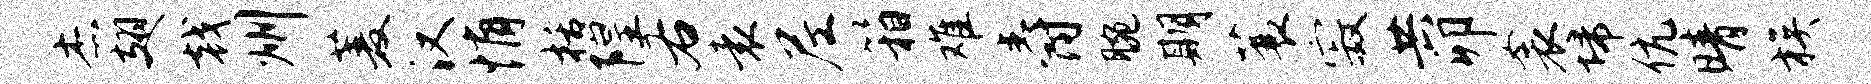
杰翅戟州菱汉悄栝隍右袁尼箱难爵腕期蓑寂共卯衾埽伉晴族